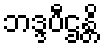
ဘဒ္ဒပီဌန္တိ